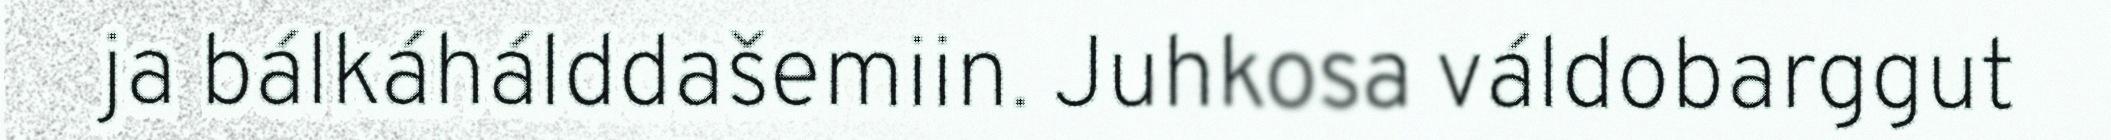
ja bálkáhálddašemiin. Juhkosa váldobarggut